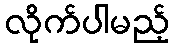
လိုက်ပါမည့်